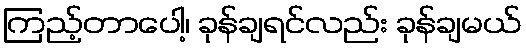
ကြည့်တာပေါ့၊ ခုန်ချရင်လည်း ခုန်ချမယ်